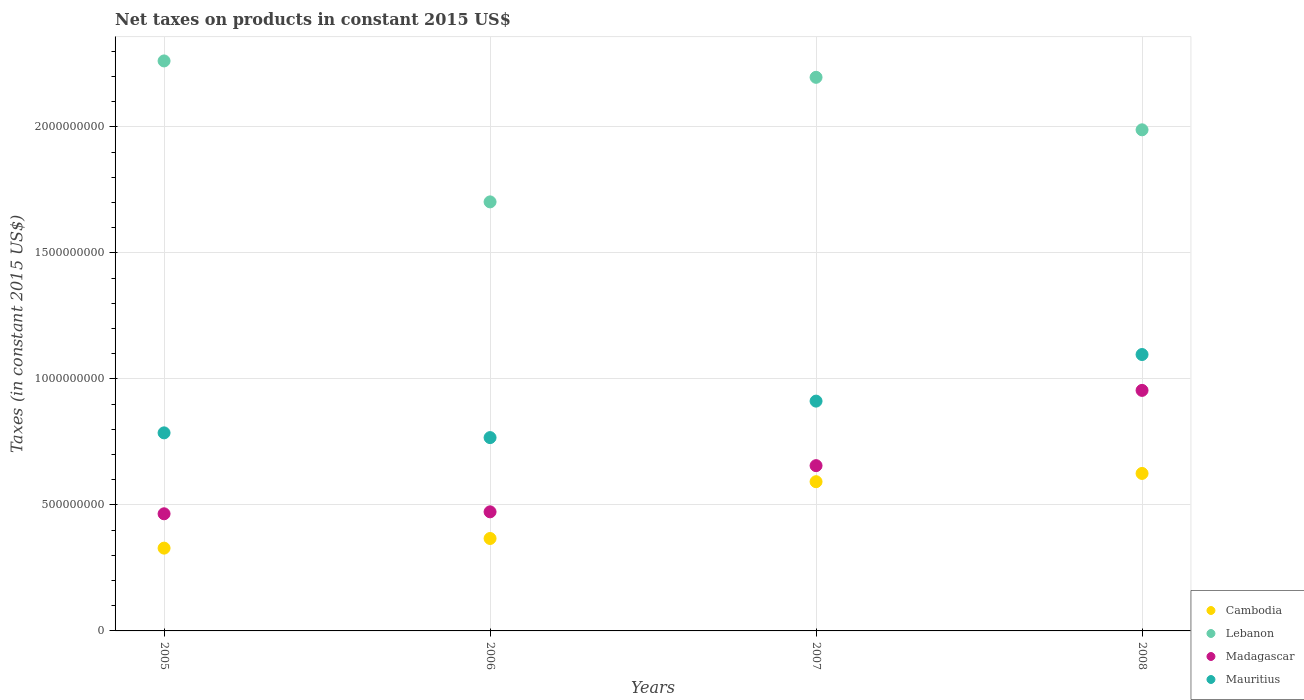
| Years | Cambodia | Lebanon | Madagascar | Mauritius |
 | --- | --- | --- | --- | --- |
 | 2005 | 3.28e+08 | 2.26e+09 | 4.65e+08 | 7.86e+08 |
 | 2006 | 3.67e+08 | 1.7e+09 | 4.72e+08 | 7.67e+08 |
 | 2007 | 5.92e+08 | 2.2e+09 | 6.56e+08 | 9.12e+08 |
 | 2008 | 6.25e+08 | 1.99e+09 | 9.54e+08 | 1.1e+09 |